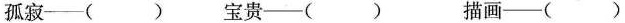
孤寂—() 宝贵—() 描画—()